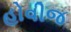
હોવીજ